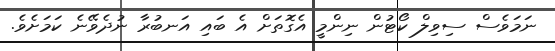
ނަމަވެސް ސިވިލް ކޯޓުން ނިންމީ އެގޮތަށް އެ ބައި އަނބުރާ ނުދެވޭނެ ކަމަށެވެ.